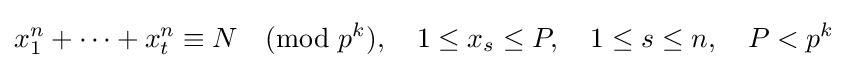
x_{1}^{n}+\dots +x_{t}^{n}\equiv N{\pmod {p^{k}}},\quad 1\leq x_{s}\leq P,\quad 1\leq s\leq n,\quad P<p^{k}